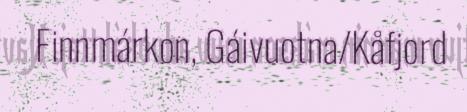
Finnmárkon, Gáivuotna/Kåfjord